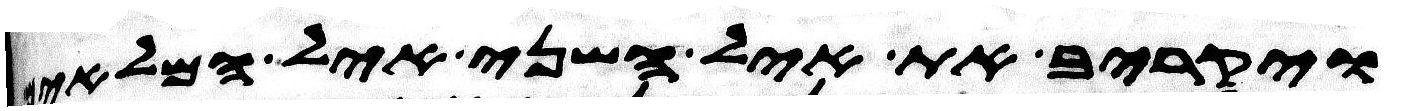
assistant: ויקריב את איל השני איל המלאים